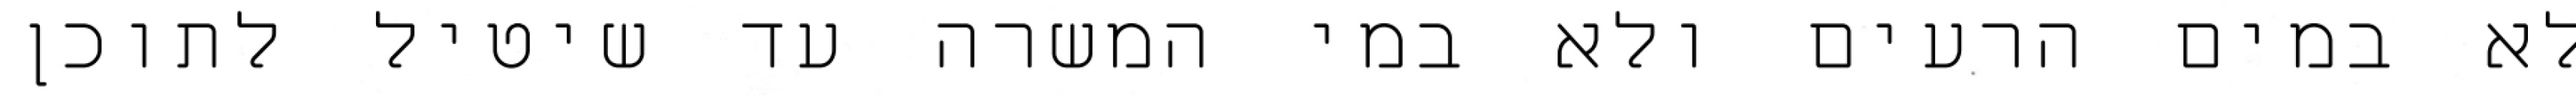
לא במים הרעים ולא במי המשרה עד שיטיל לתוכן